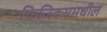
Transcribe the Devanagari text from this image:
फिजिक्समधील